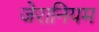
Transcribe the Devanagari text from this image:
जेरानियम